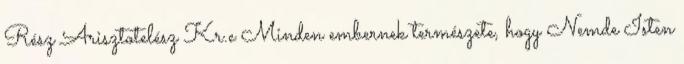
Rész Arisztotelész Kr.e Minden embernek természete, hogy Nemde Isten